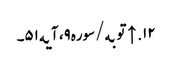
۱۲. ↑ توبه/سوره۹، آیه۵۱۔